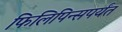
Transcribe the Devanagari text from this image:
फिलिपिन्सपर्यंत